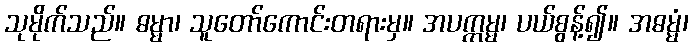
သုမိုက်သည်။ ဓမ္မာ၊ သူတော်ကောင်းတရားမှ။ အပက္ကမ္မ၊ ပယ်စွန့်၍။ အဓမ္မံ၊